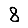
Digit: 8